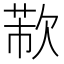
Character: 𣣐